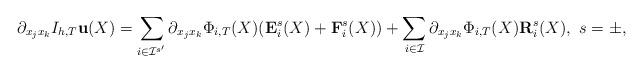
LaTeX: \begin{align*}\partial_{x_jx_k} I_{h,T} \mathbf{ u}(X)=\sum_{i\in\mathcal{I}^{s'}} \partial_{x_jx_k}\Phi_{i,T}(X)(\mathbf{ E}_i^s(X) + \mathbf{ F}_i^s(X)) + \sum_{i\in\mathcal{I}} \partial_{x_jx_k}\Phi_{i,T}(X)\mathbf{ R}_i^s(X), ~s = \pm,\end{align*}